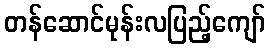
တန်ဆောင်မုန်းလပြည့်ကျော်